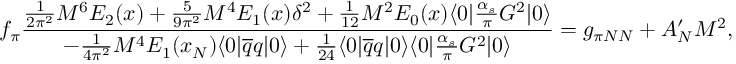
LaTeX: f _ { \pi } { \frac { \frac { 1 } { 2 \pi ^ { 2 } } M ^ { 6 } E _ { 2 } ( x ) + \frac { 5 } { 9 \pi ^ { 2 } } M ^ { 4 } E _ { 1 } ( x ) \delta ^ { 2 } + \frac { 1 } { 1 2 } M ^ { 2 } E _ { 0 } ( x ) \langle 0 | \frac { \alpha _ { s } } { \pi } G ^ { 2 } | 0 \rangle } { - { \frac { 1 } { 4 \pi ^ { 2 } } } M ^ { 4 } E _ { 1 } ( x _ { N } ) \langle 0 | \overline { { q } } q | 0 \rangle + { \frac { 1 } { 2 4 } } \langle 0 | \overline { { q } } q | 0 \rangle \langle 0 | \frac { \alpha _ { s } } { \pi } G ^ { 2 } | 0 \rangle } } = g _ { \pi N N } + A _ { N } ^ { \prime } M ^ { 2 } ,